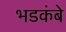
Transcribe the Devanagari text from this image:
भडकंबे